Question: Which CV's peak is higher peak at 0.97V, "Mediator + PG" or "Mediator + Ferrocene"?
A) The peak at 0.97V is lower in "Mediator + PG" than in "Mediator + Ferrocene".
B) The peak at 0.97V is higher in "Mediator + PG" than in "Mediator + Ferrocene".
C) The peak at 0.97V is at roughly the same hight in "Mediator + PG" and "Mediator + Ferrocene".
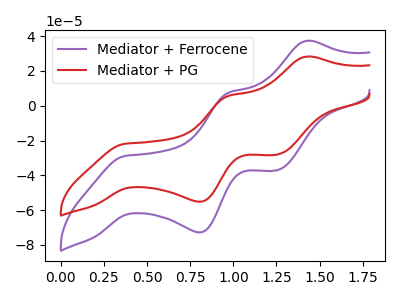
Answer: <think>The purple curve "Mediator + Ferrocene" has anodic peaks at (1.45V, 37.30uA) (0.95V, 7.45uA) and cathodic peaks at (0.35V, -28.80uA) (0.80V, -72.80uA) (1.25V, -37.10uA). The red curve "Mediator + PG" has anodic peaks at (1.45V, 28.30uA) (0.95V, 5.65uA) and cathodic peaks at (0.35V, -21.85uA) (0.80V, -55.20uA) (1.25V, -28.15uA).</think>
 <answer>A) The peak at 0.97V is lower in "Mediator + PG" than in "Mediator + Ferrocene".</answer>
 <eval>A</eval>